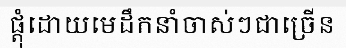
ផ្តុំដោយមេដឹកនាំចាស់ៗជាច្រើន